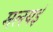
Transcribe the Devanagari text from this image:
मलयई